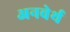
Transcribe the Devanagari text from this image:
अनवेर्थ